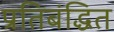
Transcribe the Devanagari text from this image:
प्रतिबंद्धित